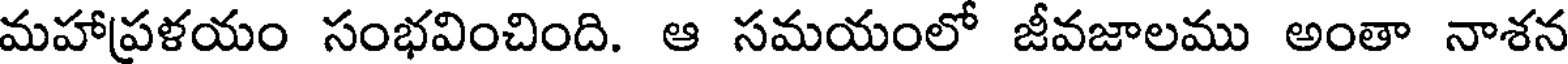
మహాప్రళయం సంభవించింది. ఆ సమయంలో జీవజాలము అంతా నాశన